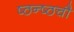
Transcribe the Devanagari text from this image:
ष्ठन्ष्ठचौ